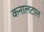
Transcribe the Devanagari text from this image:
कनालटाल